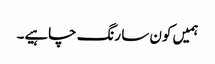
ہمیں کون سا رنگ چاہیے۔